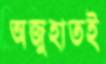
অজুহাতই